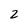
Character: 2